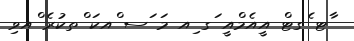
ާޓ ެގޓް އީއެމްއީ ަގ ިއ މަ ަސ ްއކަ ްތކުރެ ްއވި